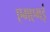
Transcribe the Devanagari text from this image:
एमएमई